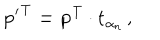
{ \bf { p ^ { \prime } } ^ { T } = p ^ { T } \cdot t } _ { \alpha _ { n } } \, ,